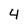
Character: 4